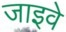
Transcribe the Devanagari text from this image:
जाइवे